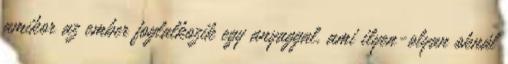
amikor az ember foglalkozik egy anyaggal, ami ilyen-olyan oknál